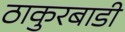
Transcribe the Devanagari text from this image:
ठाकुरबाडी